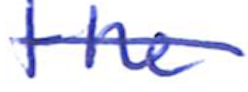
Text: the
Cross-out: single-line
Writing tool: ballpoint